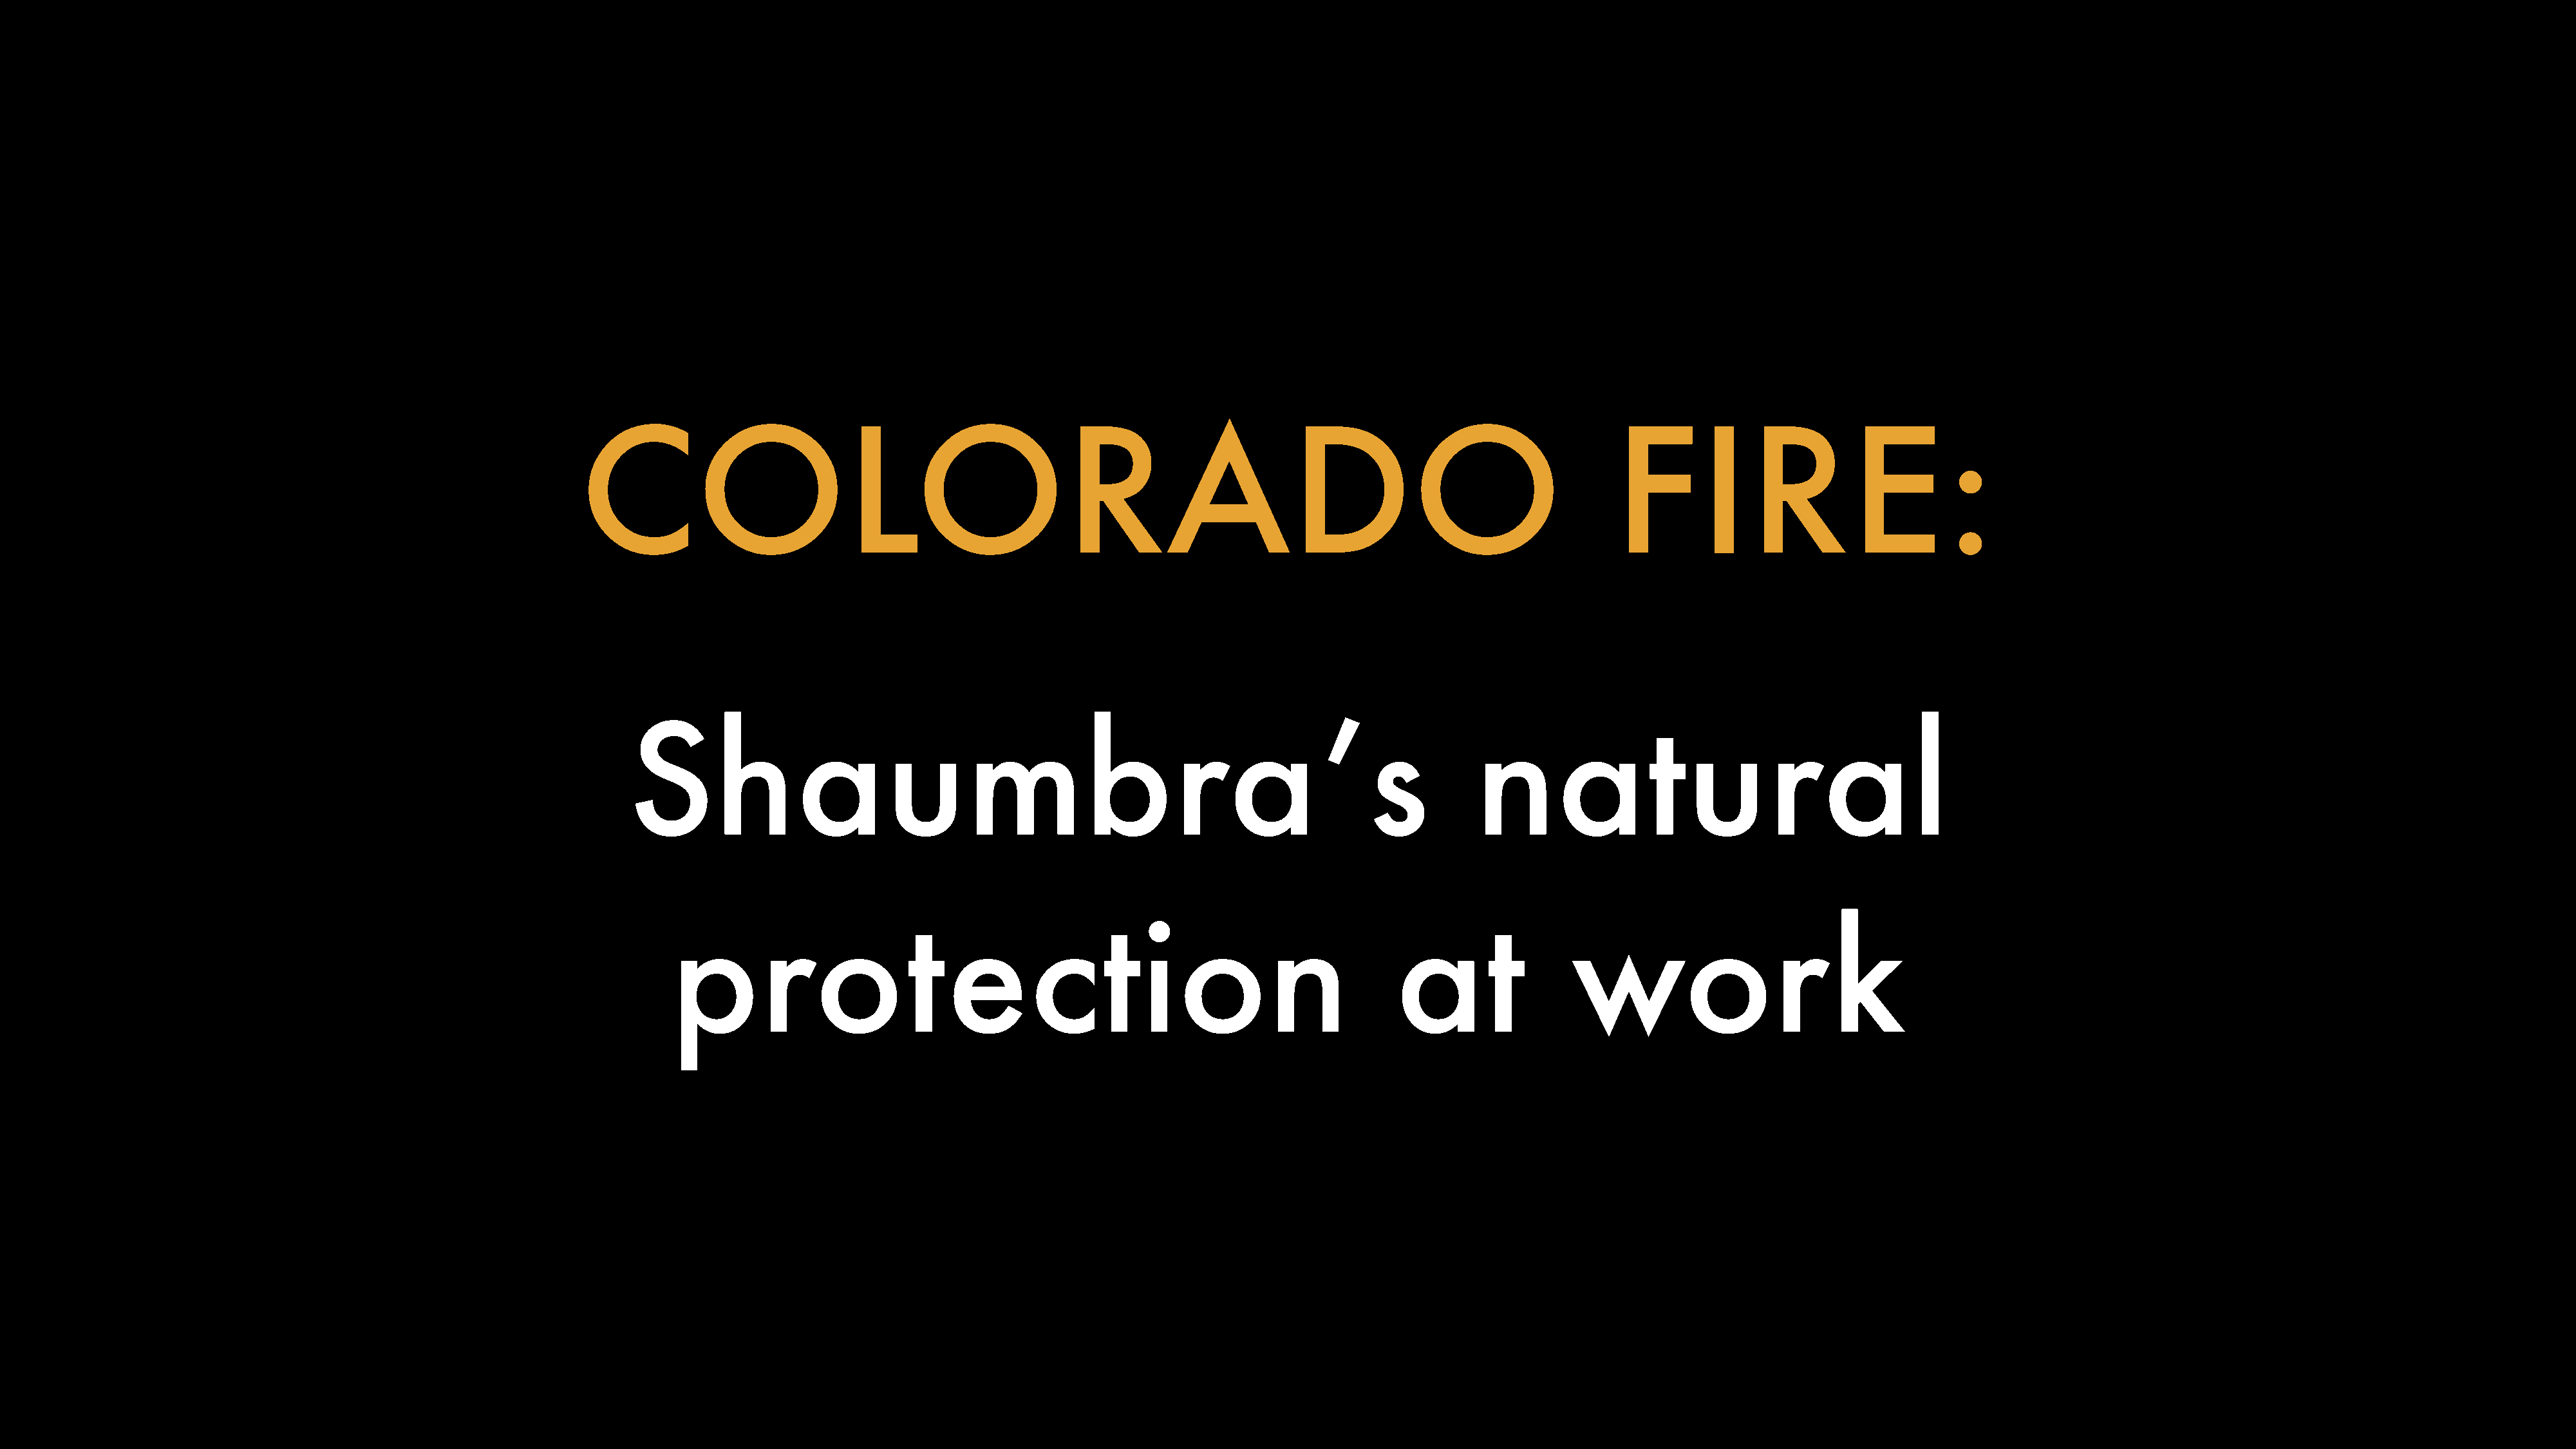
COLORADO                                                                                                  FIRE:
 Shaumbra’s                                                                             natural
 protection                                                                at                 work